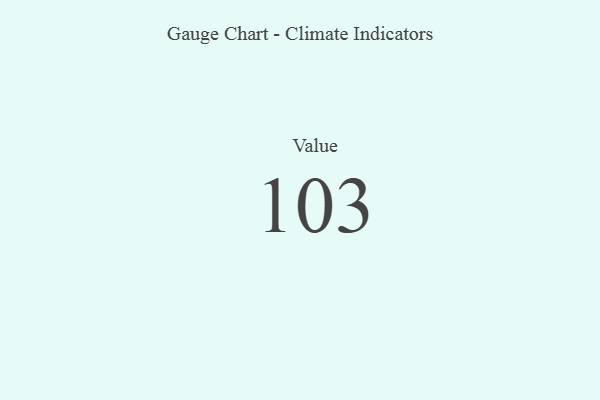
{"axis": {"x": "Metric", "y": "Value"}, "legend": [""], "data": [{"x": "Value", "y": 103, "type": ""}]}